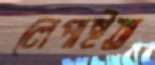
লেপাইত